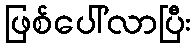
ဖြစ်ပေါ်လာပြီး